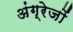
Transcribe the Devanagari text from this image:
अंग्रेजोंं